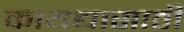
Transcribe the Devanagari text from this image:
कायद्यासाठी